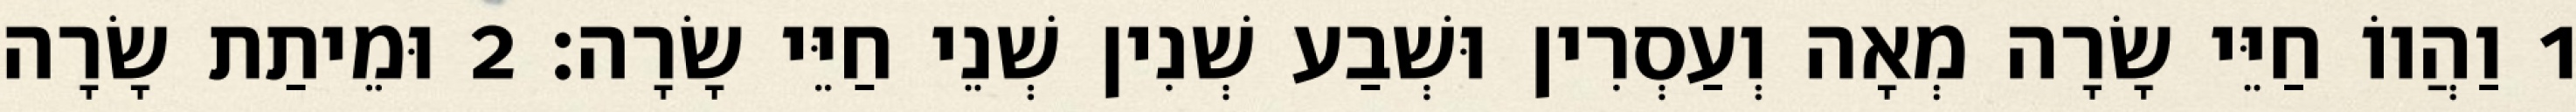
1 וַהֲווֹ חַיֵּי שָׂרָה מְאָה וְעַסְרִין וּשְׁבַע שְׁנִין שְׁנֵי חַיֵּי שָׂרָה׃ 2 וּמֵיתַת שָׂרָה